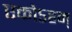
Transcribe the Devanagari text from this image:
एकोऽहम्